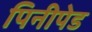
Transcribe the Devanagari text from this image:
पिनीपेड